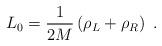
LaTeX: \begin{align*}L_{0}=\frac{1}{2M}\left( \rho _{L}+\rho _{R}\right)\ .\end{align*}